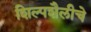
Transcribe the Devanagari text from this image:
शिल्पशैलीचे